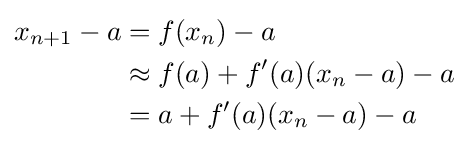
{\begin{aligned}x_{n+1}-a&=f(x_{n})-a\\&\approx f(a)+f'(a)(x_{n}-a)-a\\&=a+f'(a)(x_{n}-a)-a\end{aligned}}